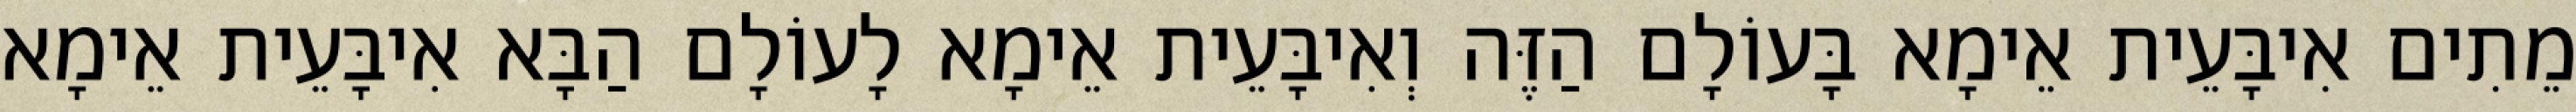
מֵתִים אִיבָּעֵית אֵימָא בָּעוֹלָם הַזֶּה וְאִיבָּעֵית אֵימָא לָעוֹלָם הַבָּא אִיבָּעֵית אֵימָא